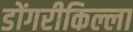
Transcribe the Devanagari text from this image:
डोंगरीकिल्ला